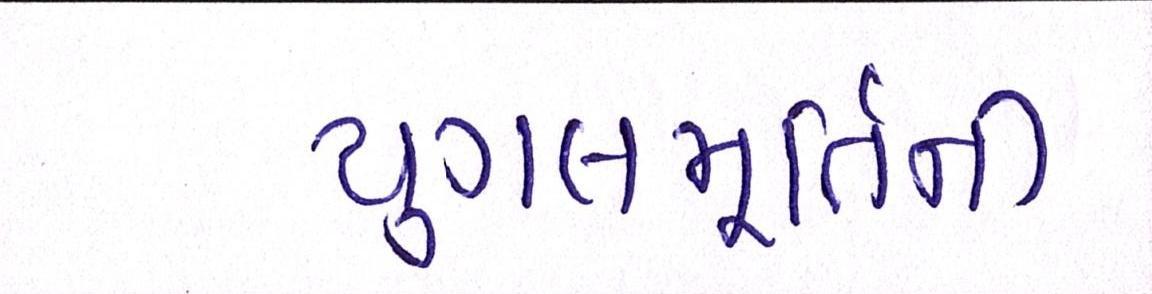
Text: યુગલમૂર્તિની